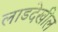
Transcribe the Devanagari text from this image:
लाडदेखील